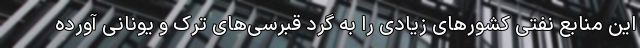
این منابع نفتی کشورهای زیادی را به گرد قبرسی‌های ترک و یونانی آورده